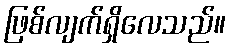
ဖြစ်လျက်ရှိလေသည်။